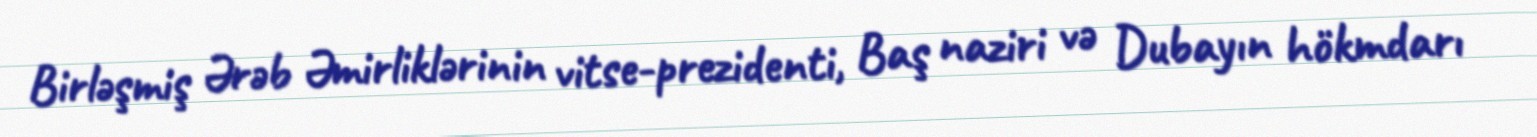
Birləşmiş Ərəb Əmirliklərinin vitse-prezidenti, Baş naziri və Dubayın hökmdarı